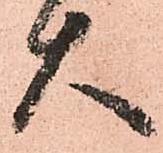
大